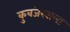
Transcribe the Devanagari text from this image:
कुवजेरवाला